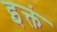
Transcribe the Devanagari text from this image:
इक्तं